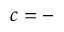
c = -